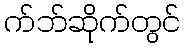
က်ဘ်ဆိုက်တွင်